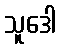
သူဒေါ